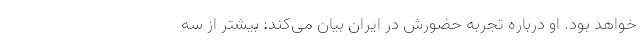
خواهد بود. او درباره تجربه حضورش در ایران بیان می‌کند: بیشتر از سه